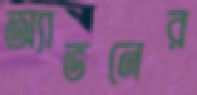
অ্যাভনের